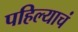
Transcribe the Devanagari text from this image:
पहिल्याचं